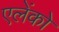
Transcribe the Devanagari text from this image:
एलेंको